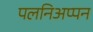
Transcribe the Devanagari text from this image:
पलनिअप्पन